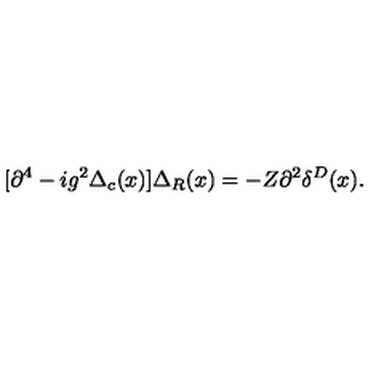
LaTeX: [ \partial ^ { 4 } - i g ^ { 2 } \Delta _ { c } ( x ) ] \Delta _ { R } ( x ) = - Z \partial ^ { 2 } \delta ^ { D } ( x ) .